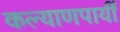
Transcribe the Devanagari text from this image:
कल्याणपायीं